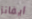
ايفانز